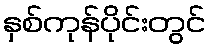
နှစ်ကုန်ပိုင်းတွင်